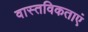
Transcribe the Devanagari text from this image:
वास्तविकताएं